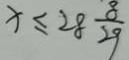
x \leq 2 8 \frac { 8 } { 2 9 }